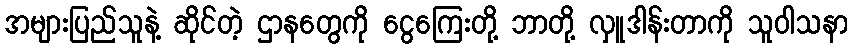
အများပြည်သူနဲ့ ဆိုင်တဲ့ ဌာနတွေကို ငွေကြေးတို့ ဘာတို့ လှူဒါန်းတာကို သူဝါသနာ